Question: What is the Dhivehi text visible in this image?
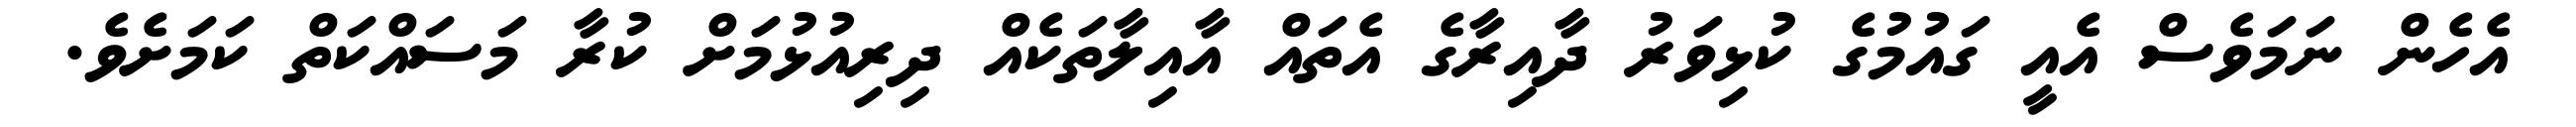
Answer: އެހެން ނަމަވެސް އެއީ ގައުމުގެ ކުޅިވަރު ދާއިރާގެ އެތައް އާއިލާތަކެއް ދިރިއުޅުމަށް ކުރާ މަސައްކަތް ކަމަށެވެ.